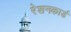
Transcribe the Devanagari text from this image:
रेशनकार्ड